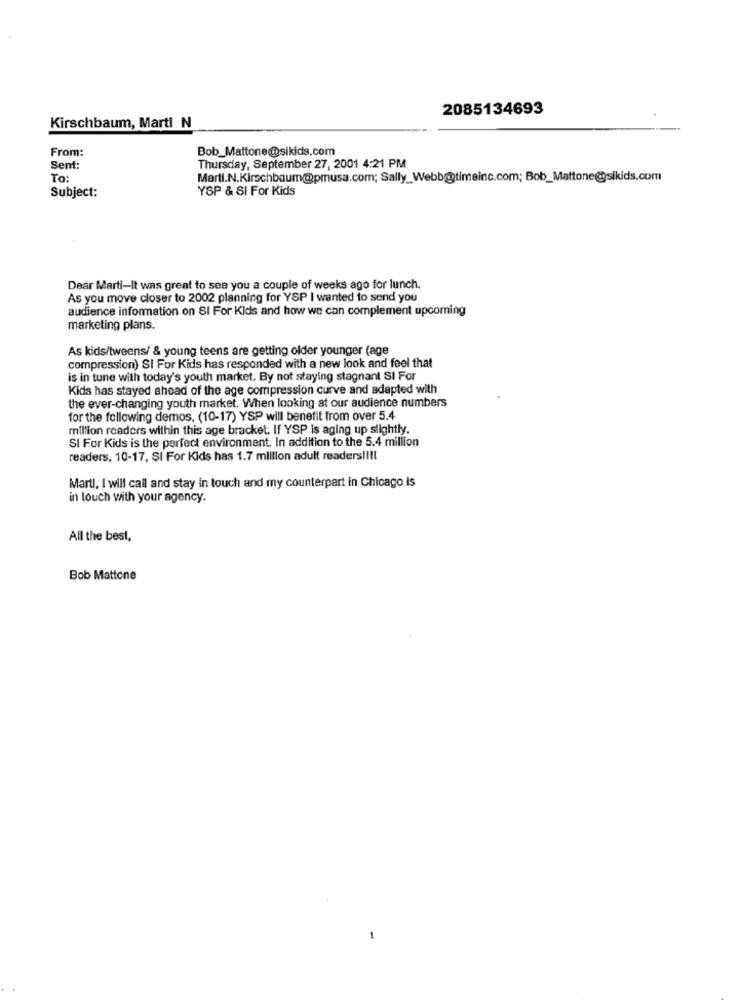
2085134693
Kirschbaum, Marti N
From:
Bob_Mattone@sikids.com
Sent:
Thursday, September 27, 2001 4:21 PM
To:
Martl.N.Kirschbaum@pmusa.com; Sally_Webb@timeinc.com; Bob_Mattone@sikids.com
YSP & SI For Kids
Subject:
Dear Marti-It was great to see you a couple of weeks ago for lunch.
As you move closer to 2002 planning for YSP I wanted to send you
audience information on SI For Kids and how we can complement upcoming
marketing plans.
As kids/tweens/ & young teens are getting older younger (age
compression) SI For Kids has responded with a new look and feel that
is in tune with today's youth market. By not staying stagnant SI For
Kids has stayed ahead of the age compression curve and adapted with
the ever-changing youth market. When looking at our audience numbers
for the following demos, (10-17) YSP will benefit from over 5.4
million readers within this age bracket. If YSP is aging up slightly.
SI For Kids is the perfect environment. In addition to the 5.4 million
readers, 10-17, SI For Kids has 1.7 million adult readers !!!!
Marti, I will call and stay in touch and my counterpart in Chicago is
in touch with your agency.
All the best,
Bob Mattone